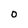
Character: 0